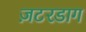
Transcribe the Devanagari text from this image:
ज़टरडाग